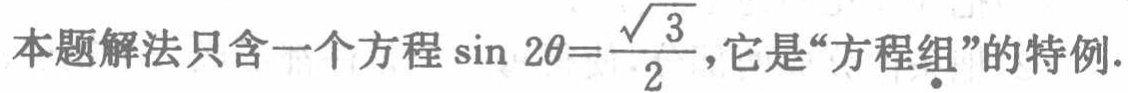
本题解法只含一个方程\(\sin 2\theta=\frac{\sqrt{3}}{2}\)，它是“方程组\(_\bullet\)”的特例.